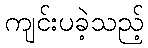
ကျင်းပခဲ့သည့်